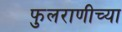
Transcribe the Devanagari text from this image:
फुलराणीच्या